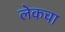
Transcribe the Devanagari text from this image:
लेकचा